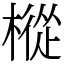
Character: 樅